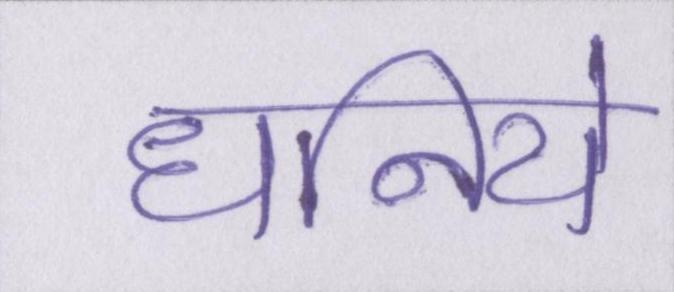
धनिये